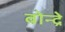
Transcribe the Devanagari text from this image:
बोन्द्रे